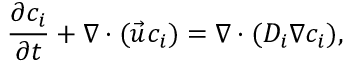
\frac { \partial { c } _ { i } } { \partial t } + \nabla \cdot ( \vec { u } { c } _ { i } ) = \nabla \cdot ( D _ { i } { \nabla } { c } _ { i } ) ,